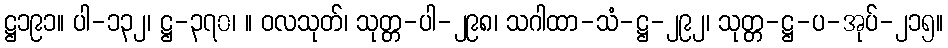
ဋ္ဌ၁၉၁။ ပါ-၁၃၂၊ ဋ္ဌ-၃၇၀၊ ။ ဝလသုတ်၊ သုတ္တ-ပါ-၂၉၈၊ သဂါထာ-သံ-ဋ္ဌ-၂၉၂၊ သုတ္တ-ဋ္ဌ-ပ-အုပ်-၂၁၅။